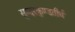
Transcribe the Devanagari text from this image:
सुन्दरकुण्डतीर्थ